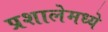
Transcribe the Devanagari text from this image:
प्रशालेमध्ये